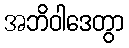
အဘိဝါဒေတွာ